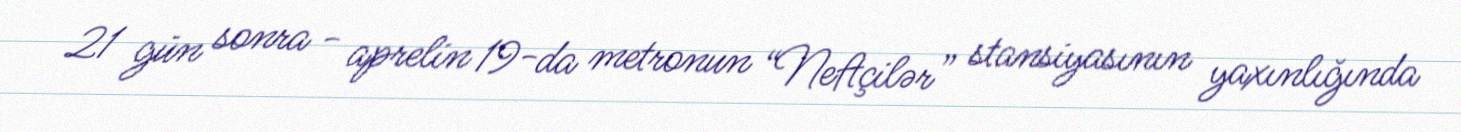
21 gün sonra - aprelin 19-da metronun “Neftçilər” stansiyasının yaxınlığında